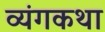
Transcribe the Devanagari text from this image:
व्यंगकथा